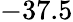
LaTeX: -37.5